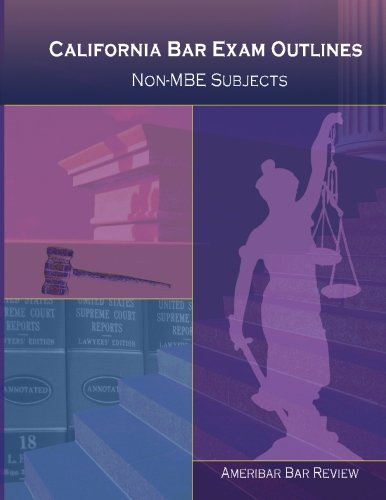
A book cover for California Bar Exam Outlines - 2015: Outlines for the non-MBE subjects tested on the California bar examination; AmeriBar Bar Review; Test Preparation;